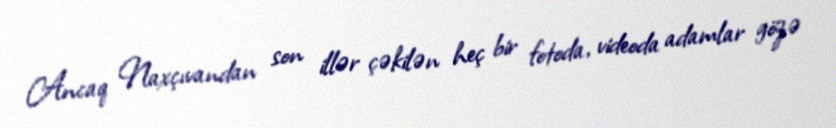
Ancaq Naxçıvandan son illər çəkilən heç bir fotoda, videoda adamlar gözə